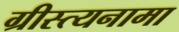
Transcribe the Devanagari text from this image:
ग्रीस्त्यनामा